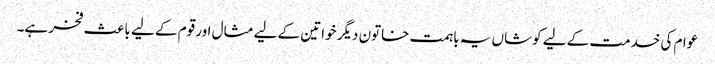
عوام کی خدمت کے لیے کوشاں یہ باہمت خاتون دیگر خواتین کے لیے مثال اور قوم کے لیے باعث فخر ہے۔